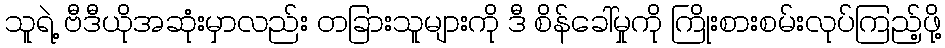
သူရဲ့ ဗီဒီယိုအဆုံးမှာလည်း တခြားသူများကို ဒီ စိန်ခေါ်မှုကို ကြိုးစားစမ်းလုပ်ကြည့်ဖို့